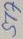
Text: ST7